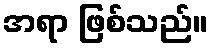
အရာ ဖြစ်သည်။